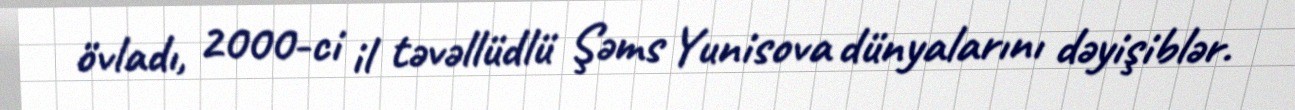
övladı, 2000-ci il təvəllüdlü Şəms Yunisova dünyalarını dəyişiblər.